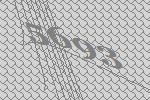
5693